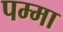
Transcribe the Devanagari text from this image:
पम्मा